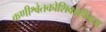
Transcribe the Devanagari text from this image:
कणीश्वेतकोशिकाहीनता